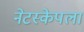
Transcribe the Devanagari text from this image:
नेटस्केपला